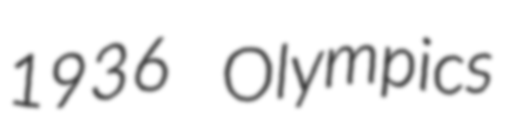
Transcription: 1936 Olympics